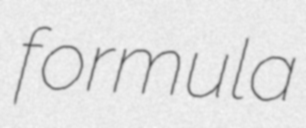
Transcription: formula